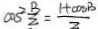
\cos ^ { 2 } \frac { B } { z } = \frac { 1 + \cos B } { z }